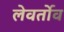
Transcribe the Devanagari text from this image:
लेवर्तोव